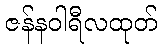
ဇန်နဝါရီလထုတ်